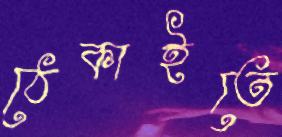
ঠেকাইতে